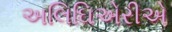
અલિઘિએરીએ